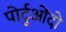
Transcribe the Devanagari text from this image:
पोर्टुओंदो